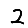
Digit: 2